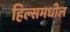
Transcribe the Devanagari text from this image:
हिल्समधील